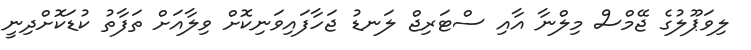
ލިވަޕޫލުގެ ޖޭމްސް މިލްނާ އާއި ސްޓަރިޖް ލަނޑު ޖަހާފައިވަނިކޮށް ވިލާއަށް ތަފާތު ކުޑަކޮށްދިނީ